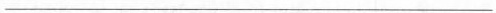
___